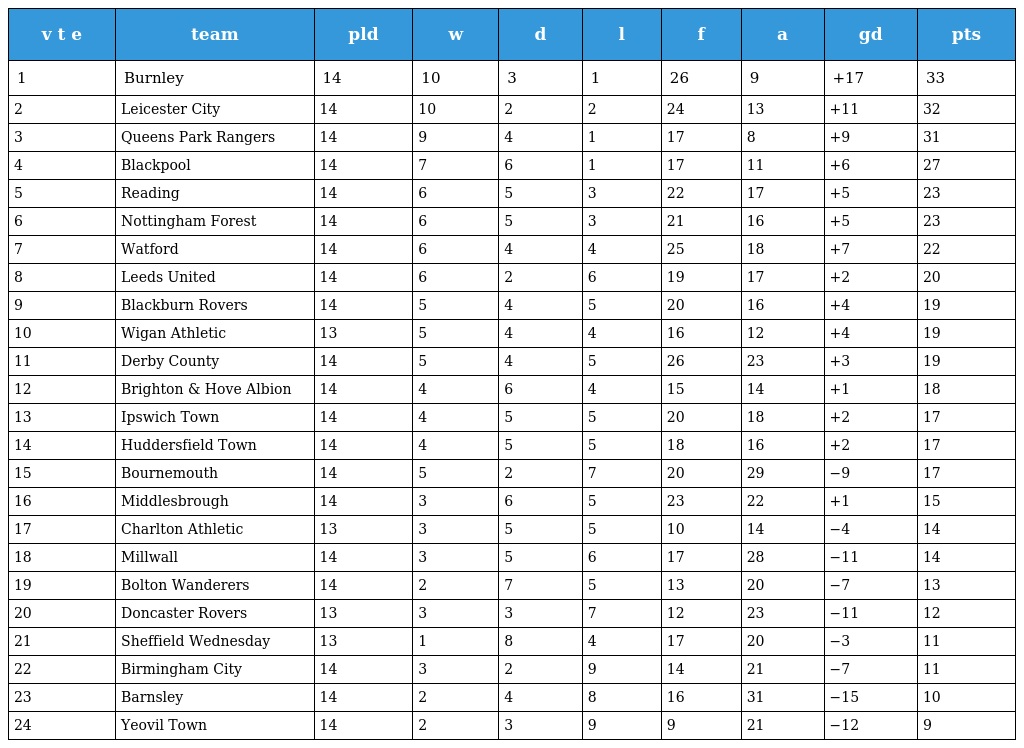
| v t e | team | pld | w | d | l | f | a | gd | pts |
 | --- | --- | --- | --- | --- | --- | --- | --- | --- | --- |
 | 1 | Burnley | 14 | 10 | 3 | 1 | 26 | 9 | +17 | 33 |
 | 2 | Leicester City | 14 | 10 | 2 | 2 | 24 | 13 | +11 | 32 |
 | 3 | Queens Park Rangers | 14 | 9 | 4 | 1 | 17 | 8 | +9 | 31 |
 | 4 | Blackpool | 14 | 7 | 6 | 1 | 17 | 11 | +6 | 27 |
 | 5 | Reading | 14 | 6 | 5 | 3 | 22 | 17 | +5 | 23 |
 | 6 | Nottingham Forest | 14 | 6 | 5 | 3 | 21 | 16 | +5 | 23 |
 | 7 | Watford | 14 | 6 | 4 | 4 | 25 | 18 | +7 | 22 |
 | 8 | Leeds United | 14 | 6 | 2 | 6 | 19 | 17 | +2 | 20 |
 | 9 | Blackburn Rovers | 14 | 5 | 4 | 5 | 20 | 16 | +4 | 19 |
 | 10 | Wigan Athletic | 13 | 5 | 4 | 4 | 16 | 12 | +4 | 19 |
 | 11 | Derby County | 14 | 5 | 4 | 5 | 26 | 23 | +3 | 19 |
 | 12 | Brighton & Hove Albion | 14 | 4 | 6 | 4 | 15 | 14 | +1 | 18 |
 | 13 | Ipswich Town | 14 | 4 | 5 | 5 | 20 | 18 | +2 | 17 |
 | 14 | Huddersfield Town | 14 | 4 | 5 | 5 | 18 | 16 | +2 | 17 |
 | 15 | Bournemouth | 14 | 5 | 2 | 7 | 20 | 29 | −9 | 17 |
 | 16 | Middlesbrough | 14 | 3 | 6 | 5 | 23 | 22 | +1 | 15 |
 | 17 | Charlton Athletic | 13 | 3 | 5 | 5 | 10 | 14 | −4 | 14 |
 | 18 | Millwall | 14 | 3 | 5 | 6 | 17 | 28 | −11 | 14 |
 | 19 | Bolton Wanderers | 14 | 2 | 7 | 5 | 13 | 20 | −7 | 13 |
 | 20 | Doncaster Rovers | 13 | 3 | 3 | 7 | 12 | 23 | −11 | 12 |
 | 21 | Sheffield Wednesday | 13 | 1 | 8 | 4 | 17 | 20 | −3 | 11 |
 | 22 | Birmingham City | 14 | 3 | 2 | 9 | 14 | 21 | −7 | 11 |
 | 23 | Barnsley | 14 | 2 | 4 | 8 | 16 | 31 | −15 | 10 |
 | 24 | Yeovil Town | 14 | 2 | 3 | 9 | 9 | 21 | −12 | 9 |